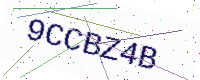
Text: 9CCBZ4B